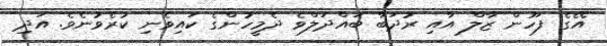
އޭގެ ފަހުން ޒާލް އާއި ރުދަބާ ބައްދަލްވެ ދެމީހުންގެ ކައިވެނި ކުރެވުނެވެ. އަދި